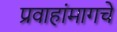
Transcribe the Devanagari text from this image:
प्रवाहांमागचे